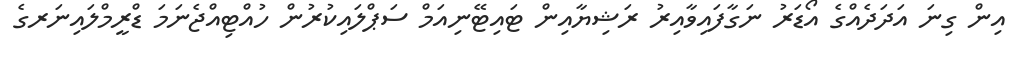
އިން ގިނަ އަދަދެއްގެ އޯޑަރު ނަގާފައިވާއިރު ރަޝިޔާއިން ޓައިޓޭނިއަމް ސަޕްލައިކުރުން ހުއްޓިއްޖެނަމަ ޑްރީމްލައިނަރގެ